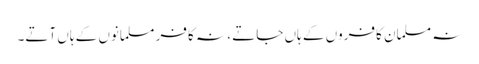
نہ مسلمان کافروں کے ہاں جاتے ، نہ کافر مسلمانوں کے ہاں آتے۔